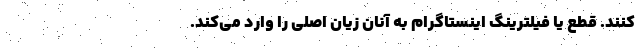
‌کنند. قطع یا فیلترینگ اینستاگرام به آنان زیان اصلی را وارد می‌کند.